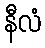
နီလံ